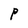
Character: P